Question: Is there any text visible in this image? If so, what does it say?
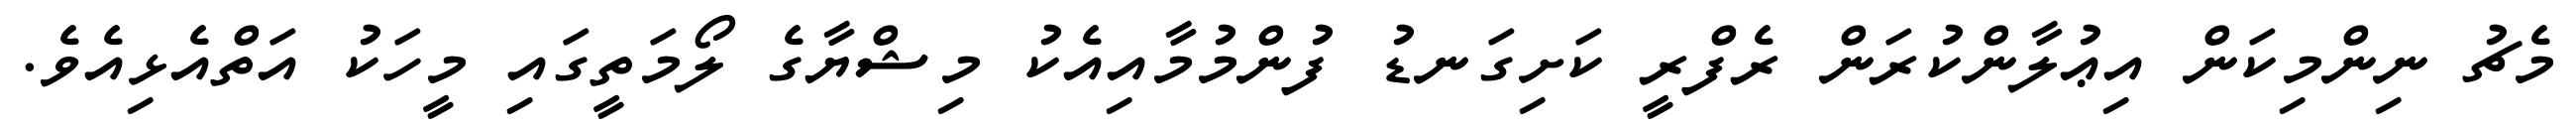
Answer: މެޗު ނިންމިކަން އިޢުލާންކުރަން ރެފްރީ ކަށިގަނޑު ފުންމުމާއިއެކު މިޝްޔާގެ ލޯމަތީގައި މީހަކު އަތްއެޅިއެވެ.